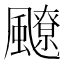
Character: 飉